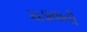
ચડાવાતી